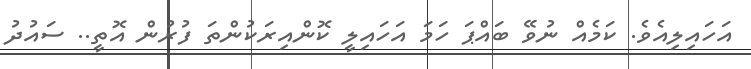
އަހައިލިއެވެ. ކަމެއް ނުވޭ ބައްޕަ ހަމަ އަހައިލީ ކޮންއިރަކުންތަ ފުރުން އޮތީ.. ސައުދު